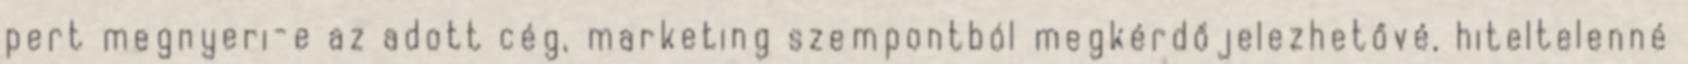
pert megnyeri-e az adott cég, marketing szempontból megkérdőjelezhetővé, hiteltelenné